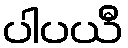
ပါပယီ